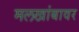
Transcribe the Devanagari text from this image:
मलखांबावर